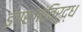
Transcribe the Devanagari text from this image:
इंग्रजांविरूद्ध